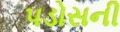
પડોસની